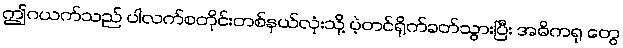
ဤဂယက်သည် ပါလက်စတိုင်းတစ်နယ်လုံးသို့ ပဲ့တင်ရိုက်ခတ်သွားပြီး အဓိကရု တွေ